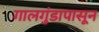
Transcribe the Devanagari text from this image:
गालगुंडापासून